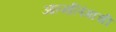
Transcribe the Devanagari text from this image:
आत्मलिंगाची